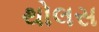
થોલસ